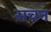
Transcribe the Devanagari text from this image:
सचन